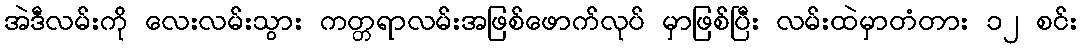
အဲဒီလမ်းကို လေးလမ်းသွား ကတ္တရာလမ်းအဖြစ်ဖောက်လုပ် မှာဖြစ်ပြီး လမ်းထဲမှာတံတား ၁၂ စင်း